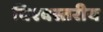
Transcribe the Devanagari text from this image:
विश्‍वस्तरीय